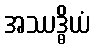
အဿဒ္ဓိယံ